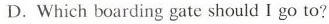
D. Which boarding gate should I go to?